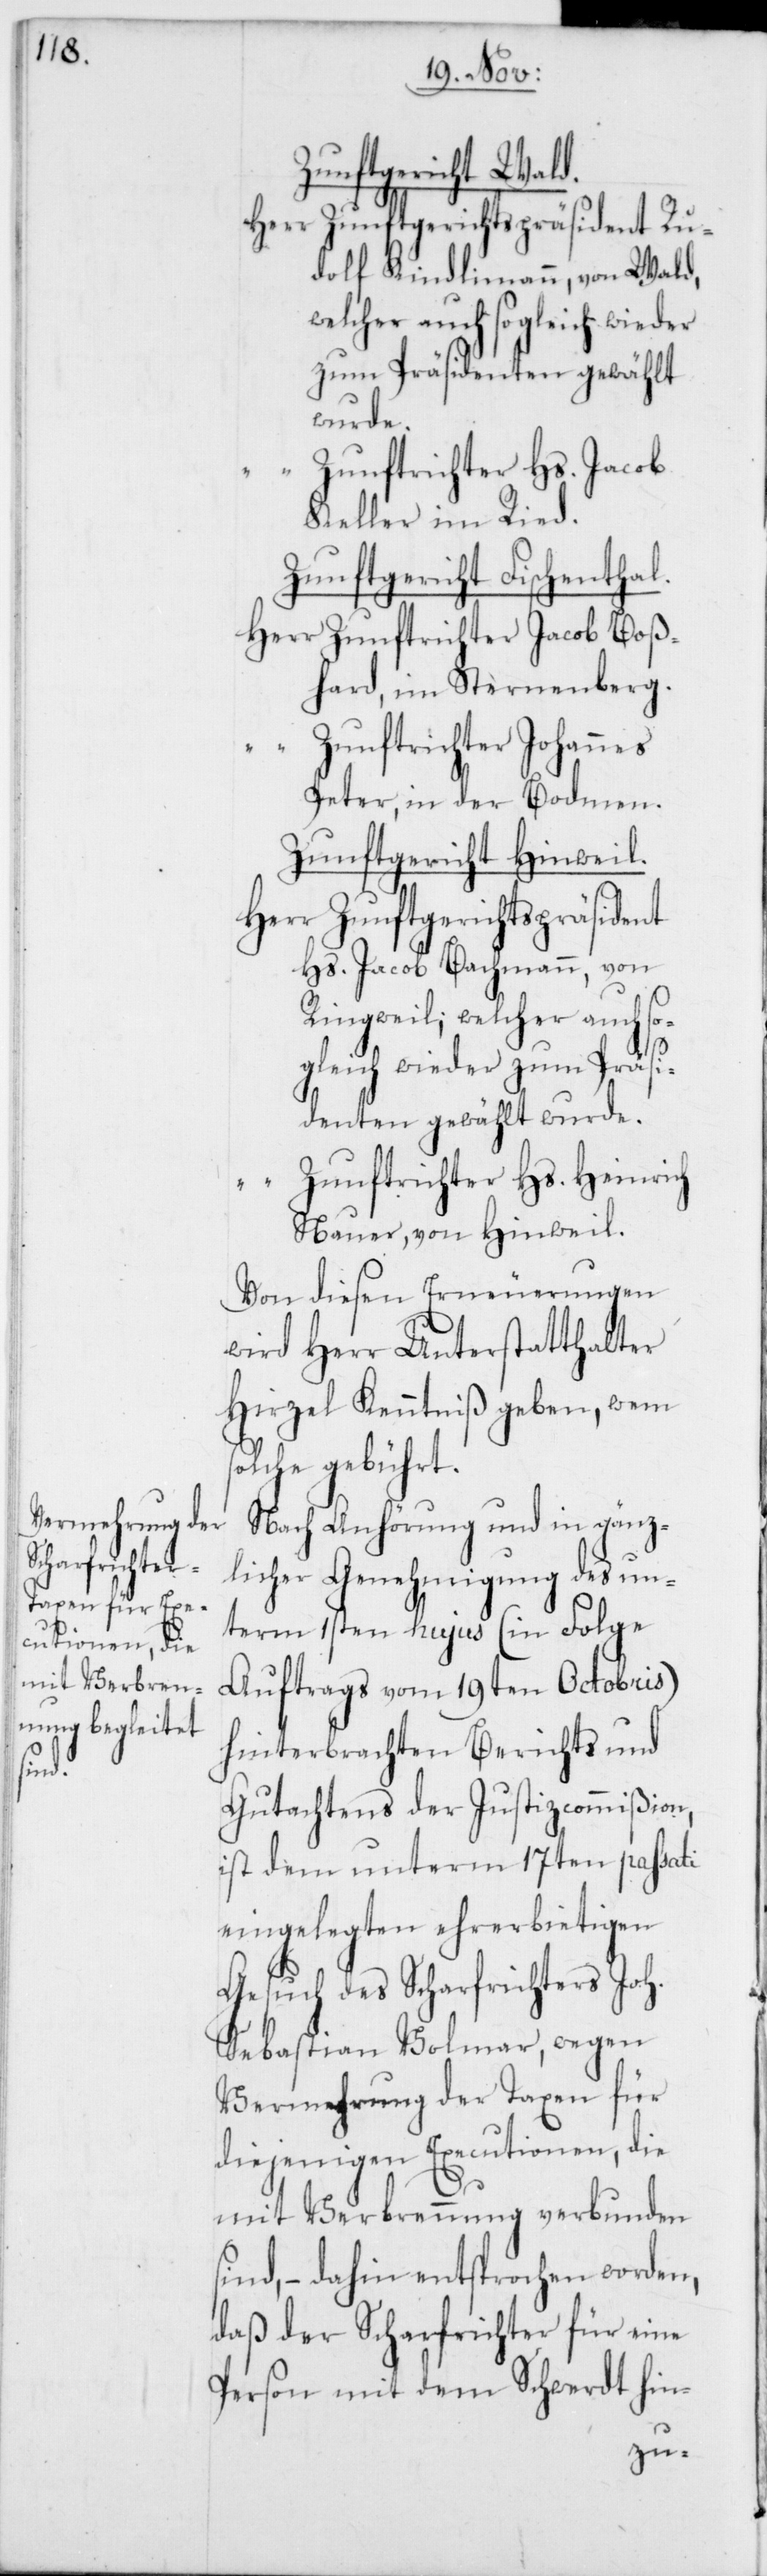
Zunftgericht Wald.
Herr Zunftgerichtspräsident Ru¬
dolf Kindlimann, von Wald,
welcher auch sogleich wieder
zum Präsidenten gewählt
wurde.
“ Zunftrichter Hs. Jacob
Keller im Ried.
Zunftgericht Fischenthal.
Herr Zunftrichter Jacob Boß¬
hard, im Sternenberg.
“ Zunftrichter Johannes
Peter, in der Bodmen.
Zunftgericht Hinweil.
Herr Zunftgerichtspräsident
Hs. Jacob Bachmann, von
Ringweil, welcher auch s¬
ogleich wieder zum Präsi¬
denten gewählt wurde.
Zunftrichter Hs. Heinrich
Nauer, von Hinweil.
Von diesen Erneuerungen
wird Herr Unterstatthalter
Hirzel Kenntniß geben, wem
solche gebührt.
Nach Anhörung und in gänz¬
licher Genehmigung des un¬
term 1sten hujus (in Folge
Auftrags vom 19ten Octobris)
hinterbrachten Berichts und
Gutachtens der Justizcommißion,
ist dem unterm 17ten passati
eingelegten ehrerbietigen
Gesuch des Scharfrichters Joh.
Sebastian Volmar, wegen
Vermehrung der Taxen für
diejenigen Executionen, die
mit Verbrennung verbunden
sind, – dahin entsprochen worden,
daß der Scharfrichter für eine
Person mit dem Schwerdt hin-